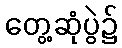
တွေ့ဆုံပွဲ၌